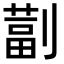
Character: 𫦚